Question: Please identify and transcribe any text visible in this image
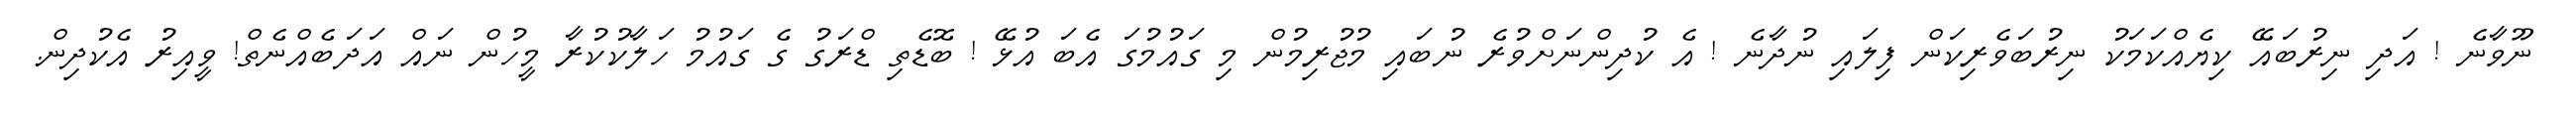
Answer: ނޫވާނެ ! އަދި ނިރުބައޭ ކިޔެއްކަމަކު ނިރުބަވެރިކަން ފިލައި ނުދާނެ ! އެ ކުދިންނަށްވުރެ ނުބައި މުޖުރިމުން މި ގައުމުގަ އެބަ އުޅޭ ! ބޮޑެތި ޑްރަގު ގެ ގައުމު ހަލާކުކުރާ މީހުން ނައް އަދަބެއްނެތް! ވީއިރު އެކުދިން.